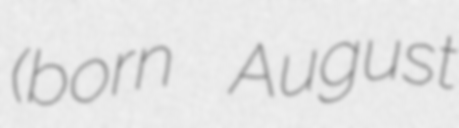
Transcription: (born August